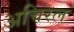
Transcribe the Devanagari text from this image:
अचिरल